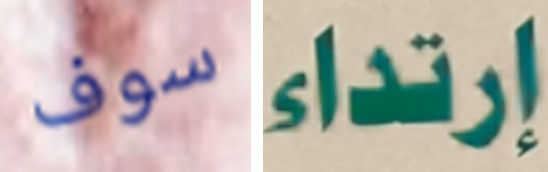
سوف إرتداء